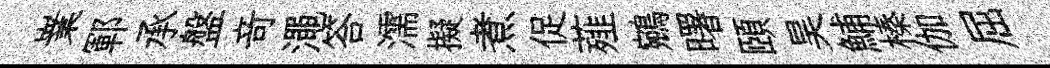
嶪鄆承盤竒澠答濡擬煮促薤鵷曙頤昊鯆榛伽屈